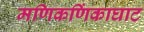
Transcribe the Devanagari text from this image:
मणिकणिंकाघाट